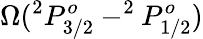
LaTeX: \Omega(^{2}P_{3/2}^{o}-^{2}P_{1/2}^{o})